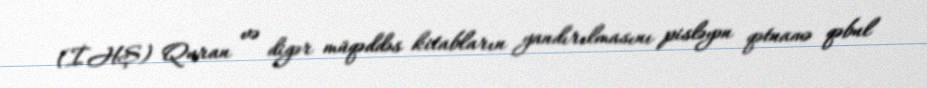
(İHŞ) Quran və digər müqəddəs kitabların yandırılmasını pisləyən qətnamə qəbul